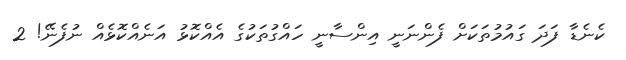
ކެނެޑާ ފަދަ ގައުމުތަކަށް ފެންނަނީ އިންސާނީ ހައްގުތަކުގެ އެއްކޮޅު އަނެއްކޮޅެއް ނުފެނޭ! 2